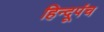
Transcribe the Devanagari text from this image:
हिन्दूपंच